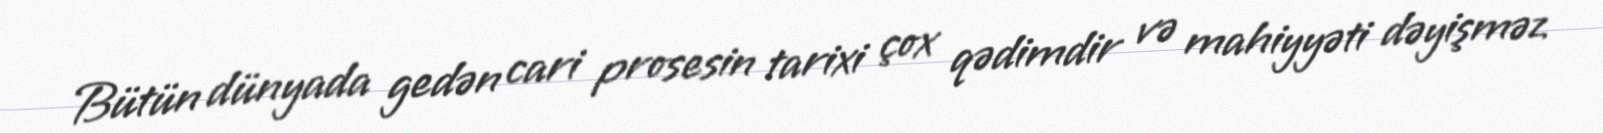
Bütün dünyada gedən cari prosesin tarixi çox qədimdir və mahiyyəti dəyişməz